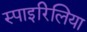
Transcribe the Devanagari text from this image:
स्पाइरिलिया